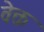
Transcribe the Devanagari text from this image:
वेक्त